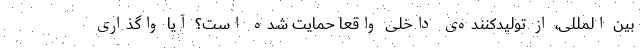
بین المللی، از تولیدکننده‌ی داخلی واقعاً حمایت شده است؟ آیا واگذاری